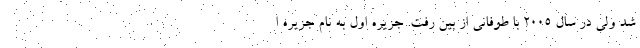
شد ولی در سال ۲۰۰۵ با طوفانی از بین رفت. جزیره اول به نام جزیره ا